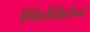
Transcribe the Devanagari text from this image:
फिविलेट